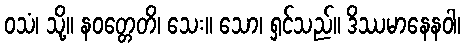
ဝသံ၊ သို့။ နဝတ္တေတိ၊ သေး။ သော၊ ရှင်သည်။ ဒိဿမာနေနဝါ၊